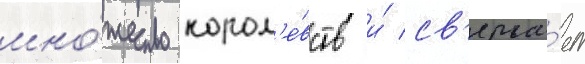
мно́жество корол'е́вств и́ св'ерга́ет